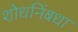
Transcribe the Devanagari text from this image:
शोधनिंबधा